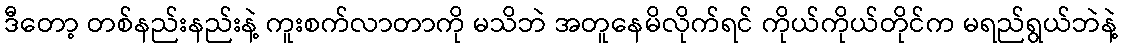
ဒီတော့ တစ်နည်းနည်းနဲ့ ကူးစက်လာတာကို မသိဘဲ အတူနေမိလိုက်ရင် ကိုယ်ကိုယ်တိုင်က မရည်ရွယ်ဘဲနဲ့